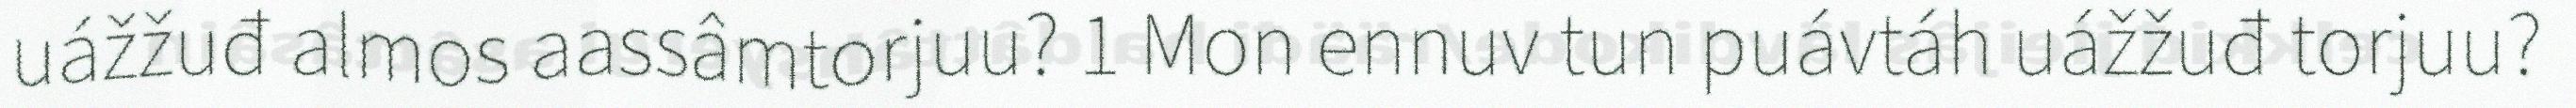
uážžuđ almos aassâmtorjuu? 1 Mon ennuv tun puávtáh uážžuđ torjuu?